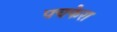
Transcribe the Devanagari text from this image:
पचफेरा